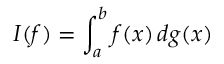
I ( f ) = \int _ { a } ^ { b } f ( x ) \, d g ( x )